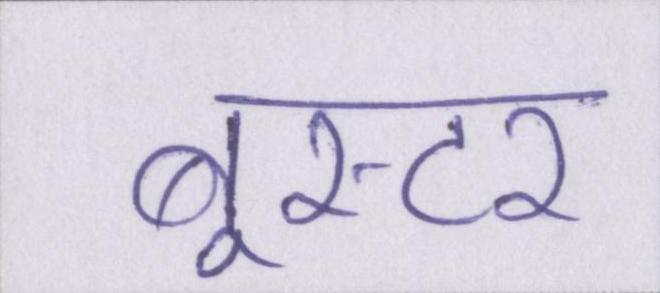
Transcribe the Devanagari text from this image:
बूस्टर